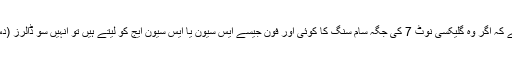
کمپنی کی جانب سے صارفین کو پیشکش کی گئی ہے کہ اگر وہ گلیکسی نوٹ 7 کی جگہ سام سنگ کا کوئی اور فون جیسے ایس سیون یا ایس سیون ایج کو لیتے ہیں تو انہیں سو ڈالرز (دس ہزار پاکستانی روپوں سے زیادہ) دیئے جائیں گے۔